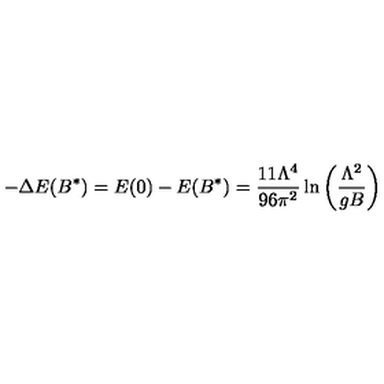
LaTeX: - \Delta E ( B ^ { * } ) = E ( 0 ) - E ( B ^ { * } ) = { \frac { 1 1 \Lambda ^ { 4 } } { 9 6 \pi ^ { 2 } } } \ln \left( { \frac { \Lambda ^ { 2 } } { g B } } \right)